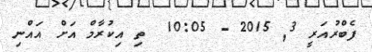
ފެބްރުއަރީ 3